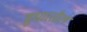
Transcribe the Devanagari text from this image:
सुधारतील